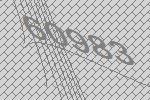
60983